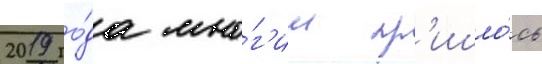
2019 го́да мно́г'им пр'ишло́сь